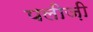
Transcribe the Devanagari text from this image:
पलीज़ी